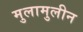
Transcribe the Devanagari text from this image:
मुलामुलीन